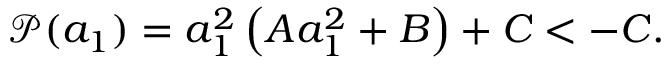
\begin{array} { r } { \mathcal { P } ( a _ { 1 } ) = a _ { 1 } ^ { 2 } \left( A a _ { 1 } ^ { 2 } + B \right) + C < - C . } \end{array}